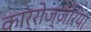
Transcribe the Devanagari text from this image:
कार्रोज्ज़रिया